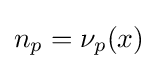
{\textstyle n_{p}=\nu _{p}(x)}